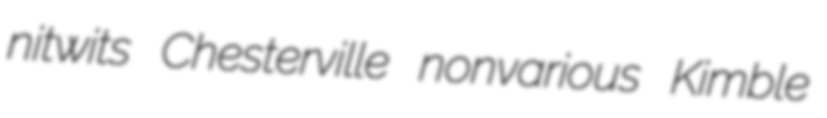
nitwits Chesterville nonvarious Kimble